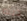
دينه